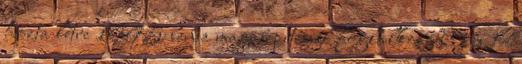
hozta létre 1995-ben a magasépítéssel foglalkozó O és R